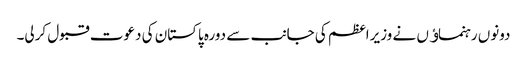
دونوں رہنماﺅں نے وزیراعظم کی جانب سے دورہ پاکستان کی دعوت قبول کرلی۔